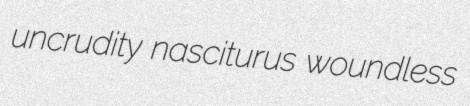
uncrudity nasciturus woundless